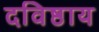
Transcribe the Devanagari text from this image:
दविष्ठाय